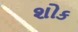
શોક